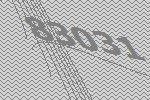
83031